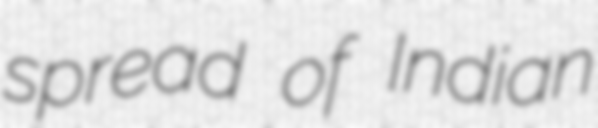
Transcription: spread of Indian